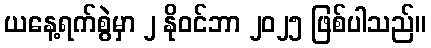
ယနေ့ရက်စွဲမှာ ၂ နိုဝင်ဘာ ၂၀၂၅ ဖြစ်ပါသည်။